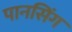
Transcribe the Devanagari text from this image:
पानसिंग